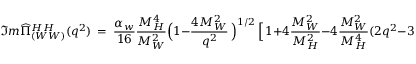
\Im m \widehat { \Pi } _ { ( W W ) } ^ { H H } ( q ^ { 2 } ) \ = \ \frac { \alpha _ { w } } { 1 6 } \frac { M _ { H } ^ { 4 } } { M _ { W } ^ { 2 } } \Big ( 1 - \frac { 4 M _ { W } ^ { 2 } } { q ^ { 2 } } \, \Big ) ^ { 1 / 2 } \, \Big [ \, 1 + 4 \frac { M _ { W } ^ { 2 } } { M _ { H } ^ { 2 } } - 4 \frac { M _ { W } ^ { 2 } } { M _ { H } ^ { 4 } } ( 2 q ^ { 2 } - 3 M _ { W } ^ { 2 } ) \, \Big ] \, .